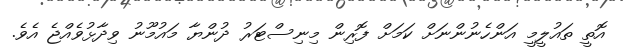
އޮތީ ތައުލީމީ އަންހެނުންނަށް ކަަމަށް ފޮރިން މިނިސްޓަރު ދުންޔާ މައުމޫނު ވިދާޅުވެއްޖެ އެވެ.